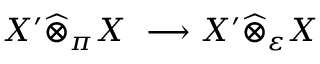
X ^ { \prime } { \widehat { \otimes } } _ { \pi } X \ \longrightarrow X ^ { \prime } { \widehat { \otimes } } _ { \varepsilon } X